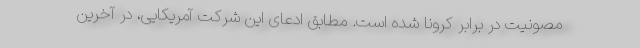
مصونیت در برابر کرونا شده است. مطابق ادعای این شرکت آمریکایی، در آخرین